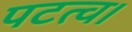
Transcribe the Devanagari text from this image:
पटत्व।